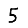
Digit: 5